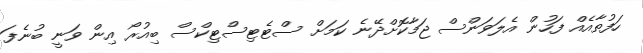
ހަފުތާއެއް ފަހުން އެލަވަންސް ޖަމާކޮށްދޭނެ ކަމަށް ސްޓެޓިސްޓިކްސް ބިއުރޯ އިން ވަނީ ބުނެފަ